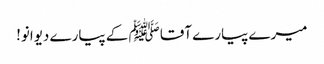
میرے پیارے آقا ﷺ کے پیارے دیوانو!